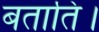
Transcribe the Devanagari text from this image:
बताति।